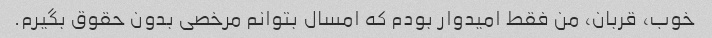
خوب، قربان، من فقط امیدوار بودم که امسال بتوانم مرخصی بدون حقوق بگیرم.